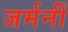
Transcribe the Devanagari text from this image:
जर्मनीं